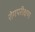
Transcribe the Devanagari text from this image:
रोगपरीक्षण